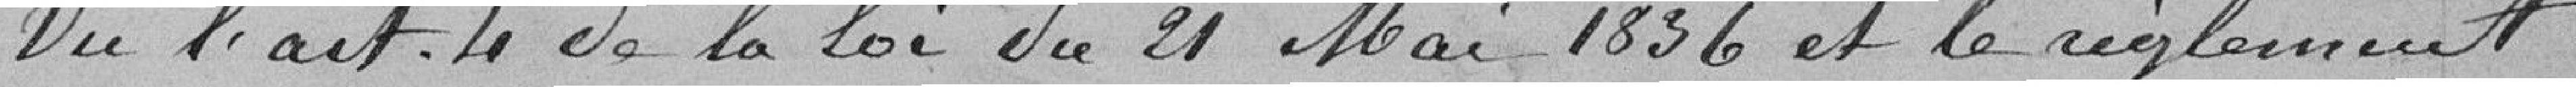
Vu l'Article 4 de la loi du 21 Mai 1836 et le règlement